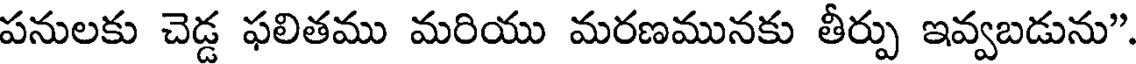
పనులకు చెడ్డ ఫలితము మరియు మరణమునకు తీర్పు ఇవ్వబడును"